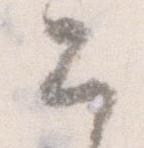
公